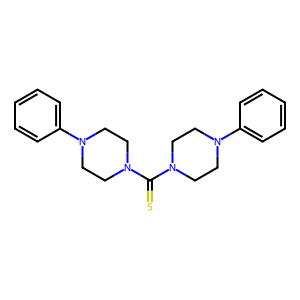
SMILES: S=C(N1CCN(c2ccccc2)CC1)N1CCN(c2ccccc2)CC1
Inhibits HIV replication: No